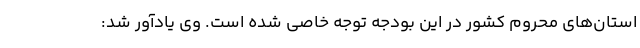
استان‌های محروم کشور در این بودجه توجه خاصی شده است. وی یادآور شد: